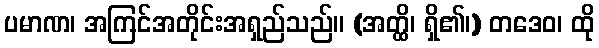
ပမာဏ၊ အကြင်အတိုင်းအရှည်သည်။ (အတ္ထိ၊ ရှိ၏၊) တဒေဝ၊ ထို